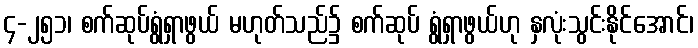
၄-၂၅၁၊ စက်ဆုပ်ရွံရှာဖွယ် မဟုတ်သည်၌ စက်ဆုပ် ရွံရှာဖွယ်ဟု နှလုံးသွင်းနိုင်အောင်၊